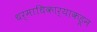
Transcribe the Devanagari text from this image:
धर्माधिकार्‍याकडून